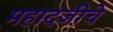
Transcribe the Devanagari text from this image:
महादजीचे